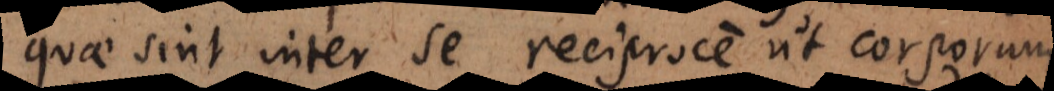
quae sint inter se reciproce ut corporum